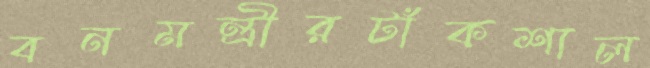
বনমন্ত্রীরটাঁকশাল